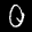
Label: 0